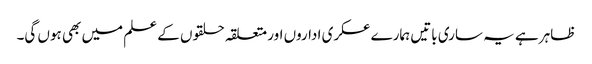
ظاہر ہے یہ ساری باتیں ہمارے عسکری اداروں اور متعلقہ حلقوں کے علم میں بھی ہوں گی۔